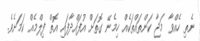
ނެތި ހެއްވާ މަޖާ ކަންތައްތަކެއް ހިމެނޭ ގޮތަށް އުފައްދާފައި އޮތް ފިލްމެއް ކަމަށެވެ.